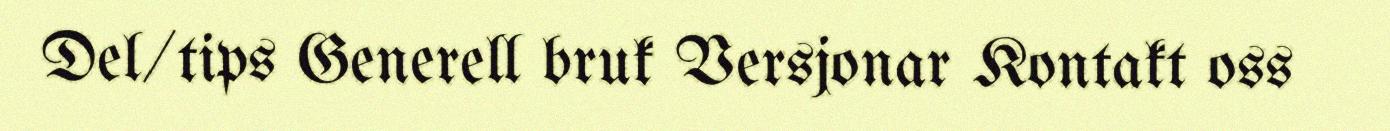
Del/tips Generell bruk Versjonar Kontakt oss